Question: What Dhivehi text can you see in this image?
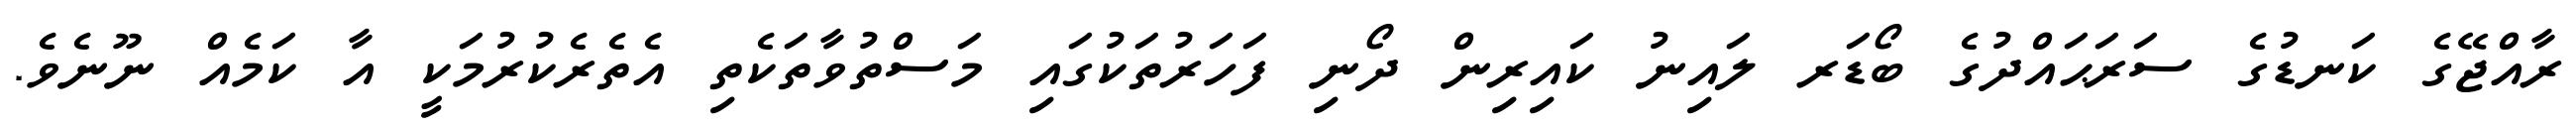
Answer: ރާއްޖޭގެ ކަނޑުގެ ސަރަޙައްދުގެ ބޯޑަރ ލައިނު ކައިރިން ދޯނި ފަހަރުތަކުގައި މަސްތުވާތަކެތި އެތެރެކުރުމަކީ އާ ކަމެއް ނޫނެވެ.